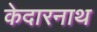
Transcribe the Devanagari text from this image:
केदारनाथ